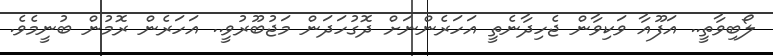
ލޯބިވާތީ.. އަފޫއާ ވަކިވާން ޖެހިދާނެތީ އަހަރެންނަށް ދޮގުހަދަން މަޖުބޫރުވީ.. އަހަރެން ރޮމުން ބުނީމެވެ.